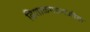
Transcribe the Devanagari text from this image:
विशाळगडनजीक